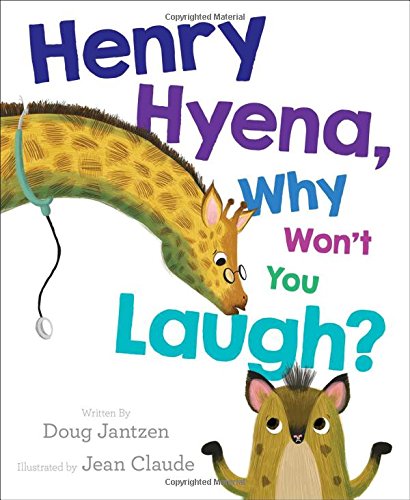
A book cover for Henry Hyena, Why Won't You Laugh?; Doug Jantzen; Children's Books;